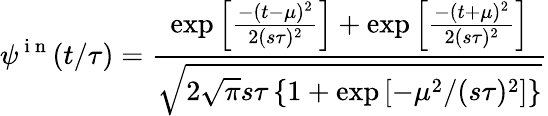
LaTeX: \psi^{\mathrm{~i~n~}}(t/\tau)=\frac{\exp\left[\frac{-(t-\mu)^{2}}{2(s\tau)^{2}}\right]+\exp\left[\frac{-(t+\mu)^{2}}{2(s\tau)^{2}}\right]}{\sqrt{2\sqrt{\pi}s\tau\left\{ 1+\exp\left[-\mu^{2}/(s\tau)^{2}\right]\right\} }}